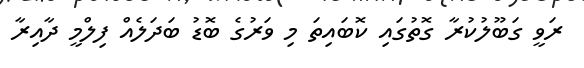
ރަވީ ގަބޫލުކުރާ ގޮތުގައި ކޮބައިތަ މި ވަރުގެ ބޮޑު ބަދަލެއް ފިލްމީ ދާއިރާ